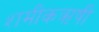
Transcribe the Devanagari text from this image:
शमीकऋषी